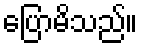
ပြောမိသည်။